Document type: Emphyteutic lease
Year: 1295
Scribe: Pere de Noguera, prevere
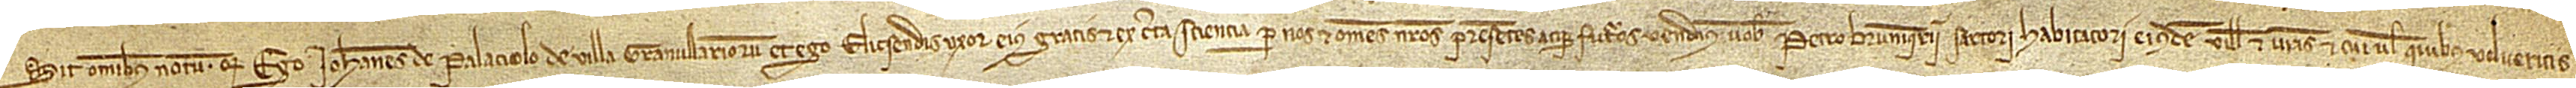
Sit omnibus notum quod ego Iohannes de Palaciolo, de villa Granullariorum, et ego Elicsendis, uxor eius, gratis et ex certa sciencia per nos et omnes nostros successores presentes et futuros vendimus vobis Petro Bruniquerii, sartori, habitatori eiusdem ville, et vestris et cui vel quibus volueritis